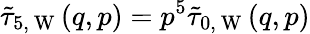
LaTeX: \tilde{\tau}_{5,\mathrm{~W~}}(q,p)=p^{5}\tilde{\tau}_{0,\mathrm{~W~}}(q,p)